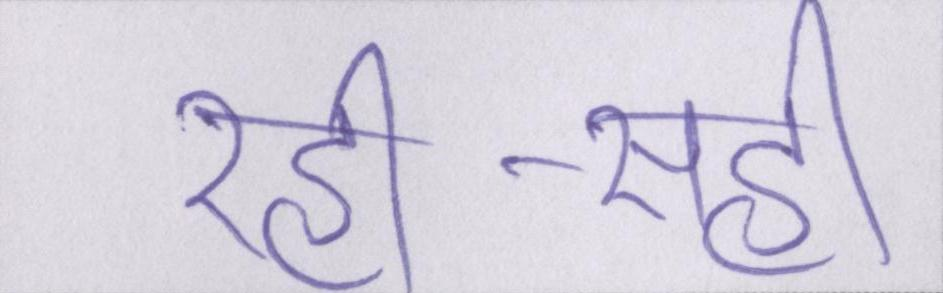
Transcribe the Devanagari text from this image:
रही-सही